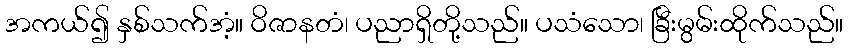
အကယ်၍ နှစ်သက်အံ့။ ဝိဇာနတံ၊ ပညာရှိတို့သည်။ ပသံသော၊ ခြီးမွမ်းထိုက်သည်။